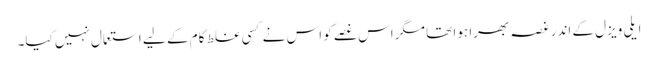
ایلی ویزل کے اندر غصہ بھرا ہوا تھا مگر اس غصے کو اس نے کسی غلط کام کے لیے استعمال نہیں کیا۔